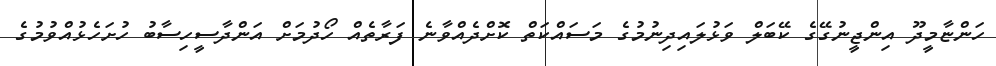
ހަންްޏާމީދޫ އިންޖީނުގޭގެ ކޭބަލް ވަޅުލައިދިނުމުގެ މަސައްކަތް ކޮށްދެއްވާނެ ފަރާތެއް ހޯދުމަށް އަންދާސީހިސާބު ހުށަހެޅުއްވުމުގެ